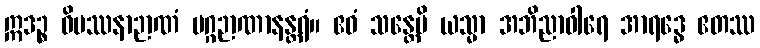
ဣဒဉ္စ ဝိပဿနာဉာဏံ မဂ္ဂဉာဏာနန္တရံ။ ဧဝံ သန္တေပိ ယသ္မာ အဘိညာဝါရေ အာရဒ္ဓေ ဧတဿ